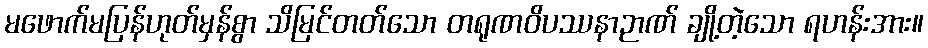
မဖောက်မပြန်ဟုတ်မှန်စွာ သိမြင်တတ်သော တရုဏဝိပဿနာဉာဏ် ချို့တဲ့သော ရဟန်းအား။